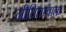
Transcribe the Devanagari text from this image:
नीतितत्त्वाला